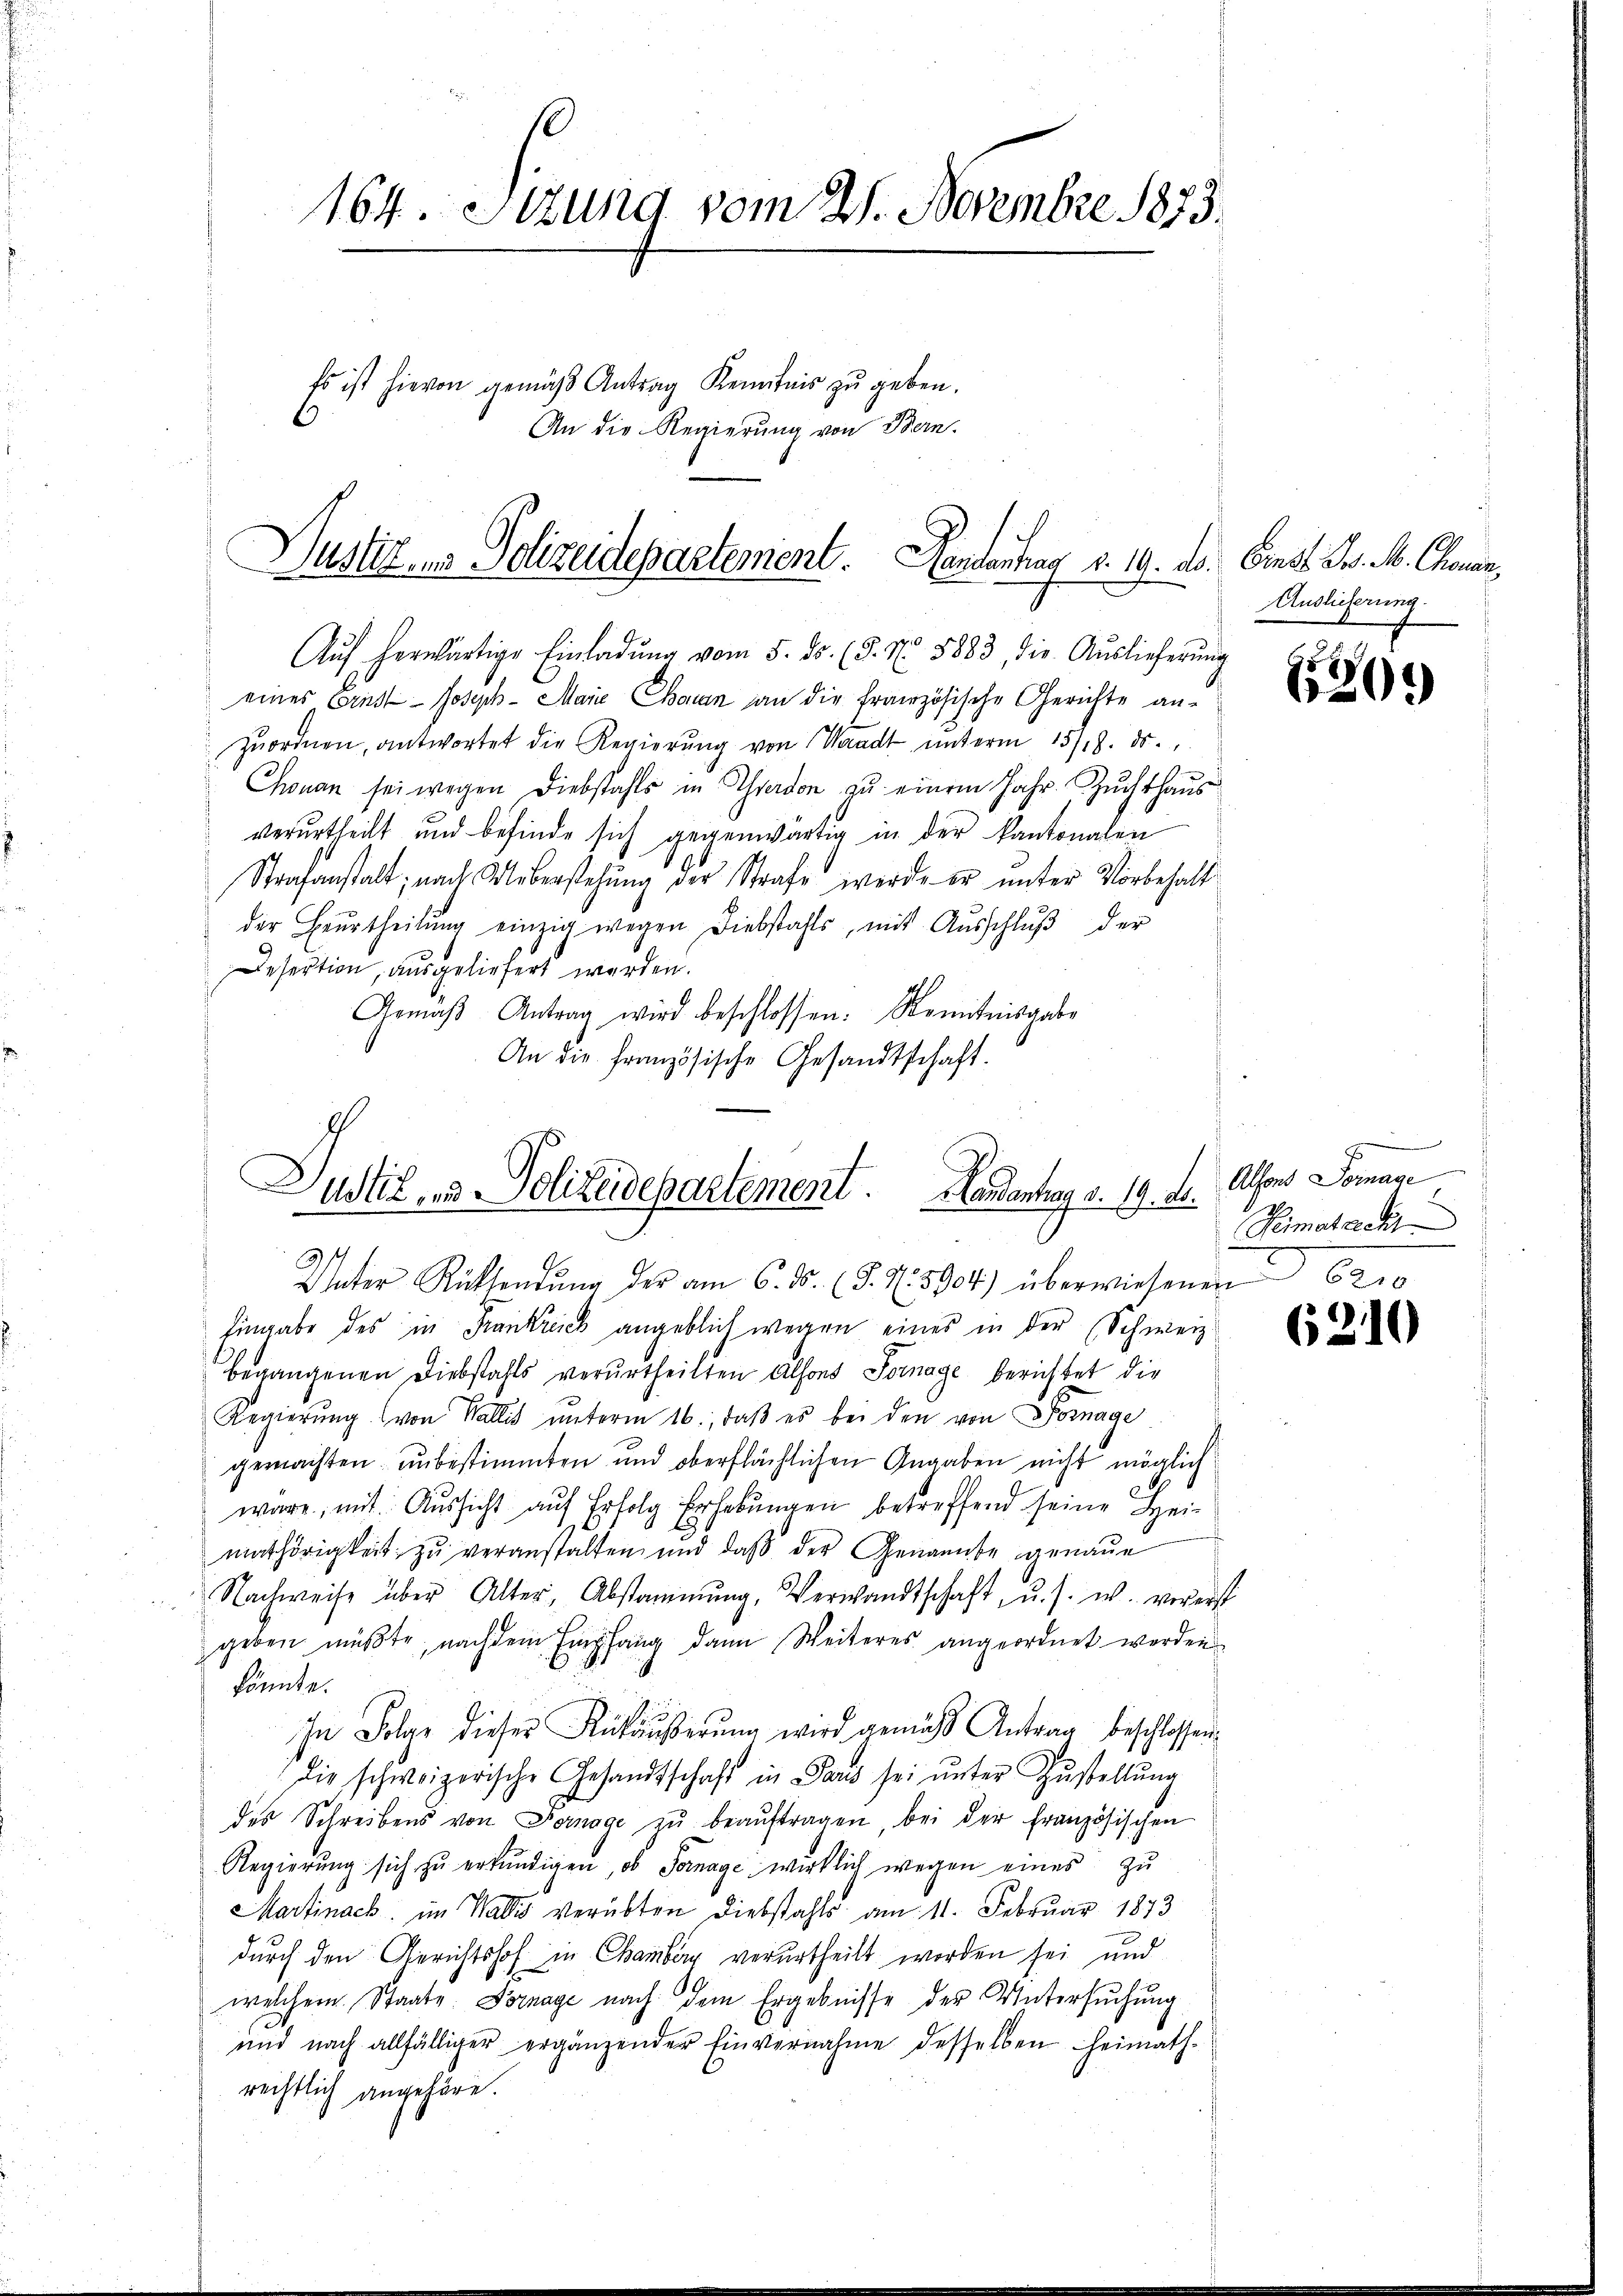
1164. Stzung vom 27. Novembre 1873.
Es ist hievon gemäss Antrag Kenntnis zŭ geben.
An die Regierung von Bern.

Bustiz- u. Polizeidepartement. Handertag v. 14. ds. Einst Hr. M. Chronen,

Aŭf herwärtige Einladŭng vom 5. ds. (§. No 8883, die Aŭslieferŭng
eines Ernst- Joseph Marie Charan an die französische Gerichte anzuordnen, antwortet die Regierŭng von Waadt ŭnterm 15/18. ds.,
Thonan sei wegen Diebstahls in Thierden zu einem Jahr. Zuchthaus
verurtheilt und befinde sich gegenwärtig in der Kantonalen
Strafanstalt; nach Ueberstehung der Strafe werde er unter Vorbehalt
der Beurtheilŭng einzig wegen Diebstahls, mit Ausschlŭβ der
Desertion, ausgeliefert werden.
Gemäβ Antrag wird beschlossen: Kenntnisgabe
An die französische Gesandtschaft.
Unter Rücksendŭng der am 6. ds. (§. 15904) überwiesenen 620
hingabe des in Frankreich angeblich wegen eines in der (Schweiz.
begangenen Diebstahls verurtheilten Alfons Sommage berichtet die
Regierŭng (von Wallis ŭnterm 16. daβ es bei den von Fornage
gemachten unbestimmten und oberflächlichen Angaben nicht möglich
wäre, mit Aussicht aŭf Erfolg Erhebŭngen betreffend seine Hei-
mathörigkeit zu veranstalten und daß der Genannte genaue
Nachweise über Alter, Abstammung, Verwandtschaft, u. s. w. vorerst
geben müßte, nachdem Empfang dann Weiteres angeordnet werden
könnte.
In Folge dieser Rückäußerung wird gemacht Antrag beschlossen
die schweizerische Gesandtschaft in Paris sei ŭnter Zustellŭng
des Schreibens von Fornage zŭ beaŭftragen, bei der französischen
Regierŭng sich zŭ erkŭndigen, ob Fornage wirklich wegen eines zŭ
Martinack, im Wallis verübten Diebstahls am 11. Februar 1873
durch den Gerichtshof in Chamberg verurtheilt worden sei und
welchem Staate Fornage nach dem Ergebnisse der Untersuchung
und nach allfälliger ergänzender Einvernahme desselben heimath-
rechtlich angehöre.

Justiz- u. Polizeidepartement. Handentrag v. 19. Dr. Alsons Tomane

Auslieferung.

620.

Reimatacht

6210